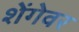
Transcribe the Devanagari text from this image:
शेंगेवर